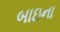
બાઇના